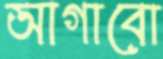
আগাবো